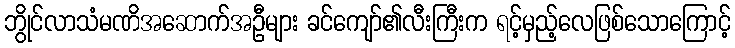
ဘွိုင်လာသံမဏိအဆောက်အဦများ ခင်ကျော်၏လီးကြီးက ရင့်မှည့်လေဖြစ်သောကြောင့်